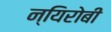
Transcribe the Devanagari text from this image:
न्यिरोबी